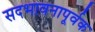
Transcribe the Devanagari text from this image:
सदभावनापूर्वक